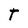
Character: T